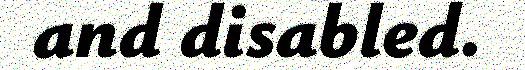
and disabled.